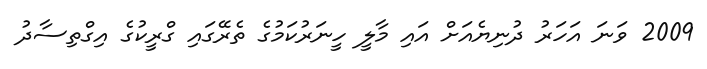
2009 ވަނަ އަހަރު ދުނިޔެއަށް އައި މާލީ ހީނަރުކަމުގެ ތެރޭގައި ގްރީކުގެ އިގްތިސާދު